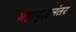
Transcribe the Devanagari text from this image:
महायुद्धनंतर